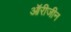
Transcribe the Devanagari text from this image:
ऑरीजीन